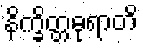
နိက္ခိတ္တဓုရာတိ